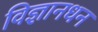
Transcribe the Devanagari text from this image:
विज्ञानधन